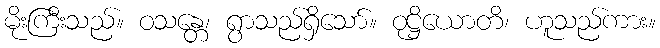
မိုးကြီးသည်။ ဝသန္တေ၊ ရွာသည်ရှိသော်။ ဝုဋ္ဌိယောတိ၊ ဟူသည်ကား။